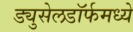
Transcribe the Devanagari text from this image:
ड्युसेलडॉर्फमध्ये